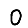
Digit: 0